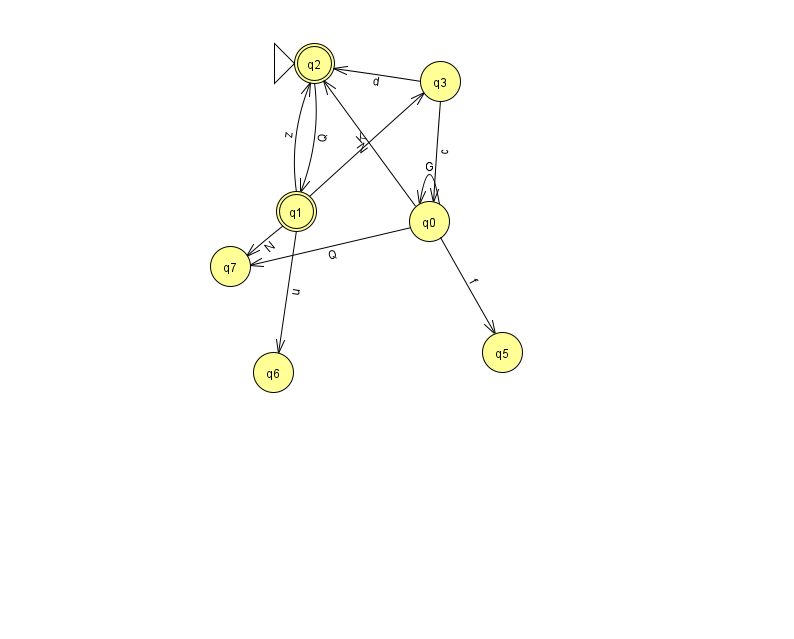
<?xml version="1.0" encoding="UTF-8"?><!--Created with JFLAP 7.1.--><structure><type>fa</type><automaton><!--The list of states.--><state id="0" name="q0"><x>429.0</x><y>208.0</y></state><state id="1" name="q1"><x>296.0</x><y>198.0</y><final/></state><state id="2" name="q2"><x>314.0</x><y>50.0</y><initial/><final/></state><state id="3" name="q3"><x>440.0</x><y>68.0</y></state><state id="5" name="q5"><x>502.0</x><y>339.0</y></state><state id="6" name="q6"><x>273.0</x><y>359.0</y></state><state id="7" name="q7"><x>230.0</x><y>253.0</y></state><!--The list of transitions.--><transition><from>3</from><to>0</to><read>c</read></transition><transition><from>0</from><to>2</to><read>N</read></transition><transition><from>0</from><to>7</to><read>Q</read></transition><transition><from>1</from><to>2</to><read>z</read></transition><transition><from>0</from><to>5</to><read>f</read></transition><transition><from>1</from><to>6</to><read>u</read></transition><transition><from>0</from><to>0</to><read>G</read></transition><transition><from>3</from><to>2</to><read>d</read></transition><transition><from>1</from><to>3</to><read>K</read></transition><transition><from>1</from><to>7</to><read>N</read></transition><transition><from>2</from><to>1</to><read>Q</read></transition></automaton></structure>